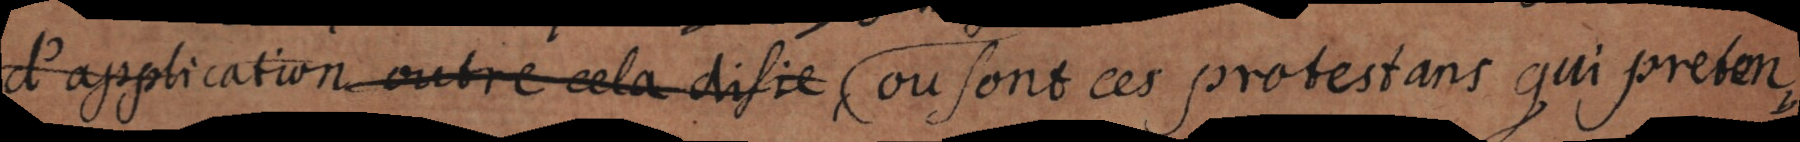
d’application outre cela _ on sont ces protestans qui preten